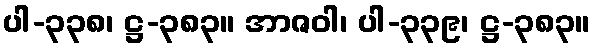
ပါ-၃၃၈၊ ဋ္ဌ-၃၈၃။ အာဇဝါ၊ ပါ-၃၃၉၊ ဋ္ဌ-၃၈၃။